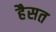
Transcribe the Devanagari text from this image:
हैसत